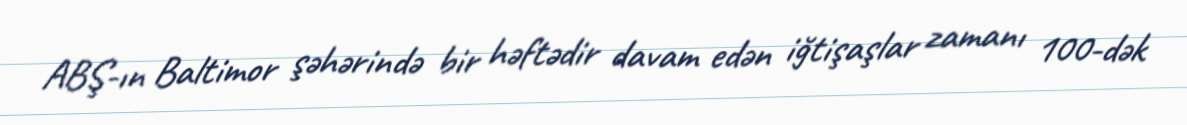
ABŞ-ın Baltimor şəhərində bir həftədir davam edən iğtişaşlar zamanı 100-dək